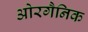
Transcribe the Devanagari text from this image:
ओरगैनिक